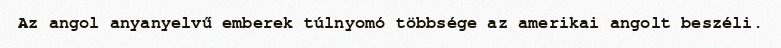
Az angol anyanyelvű emberek túlnyomó többsége az amerikai angolt beszéli.